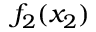
f _ { 2 } ( x _ { 2 } )